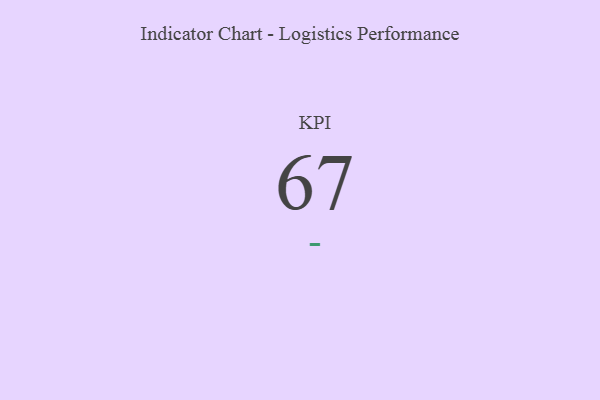
{"axis": {"x": "KPI", "y": "Value"}, "legend": [""], "data": [{"x": "KPI", "y": 67, "type": ""}]}